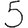
Digit: 5